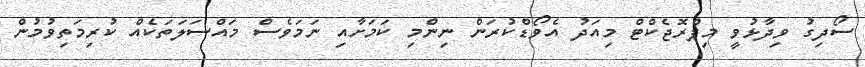
ސޯދިގު ވިދާޅުވީ މިޕްރޮޖެކްޓް މިއަދު އެވޯޑްކުރަން ނިންމި ކަމަށާއި ނަމަވެސް މައްސަލަތަކެއް ކުރިމަތިވުމުން